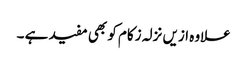
علاوہ ازیں نزلہ زکام کو بھی مفید ہے ۔